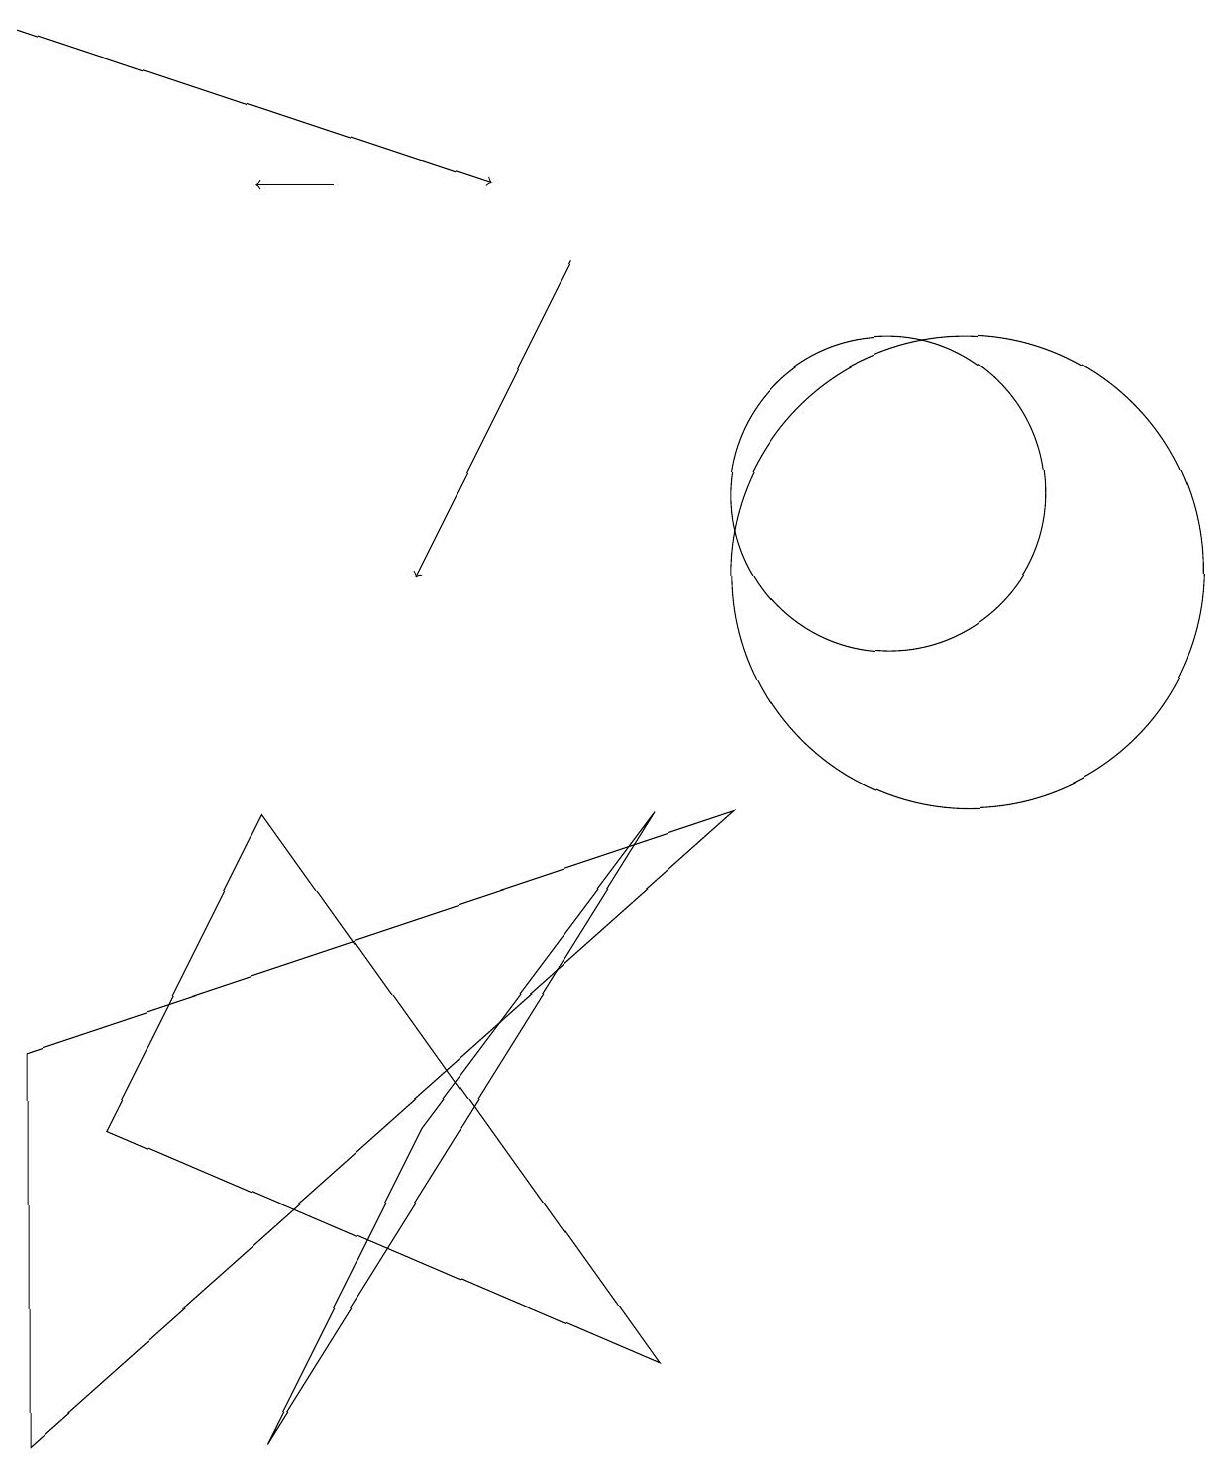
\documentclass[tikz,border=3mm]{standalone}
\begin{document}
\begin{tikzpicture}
\draw[->] (4,16) -- (3,16);
\draw (3,0) -- (5,4) -- (8,8) -- cycle;
\draw[->] (0,18) -- (6,16);
\draw (11,12) circle (2);
\draw (1,4) -- (3,8) -- (8,1) -- cycle;
\draw[->] (7,15) -- (5,11);
\draw (0,5) -- (0,0) -- (9,8) -- cycle;
\draw (12,11) circle (3);
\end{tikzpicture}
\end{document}